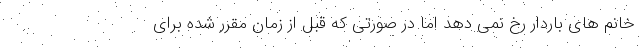
خانم های باردار رخ نمی دهد اما در صورتی که قبل از زمان مقرر شده برای